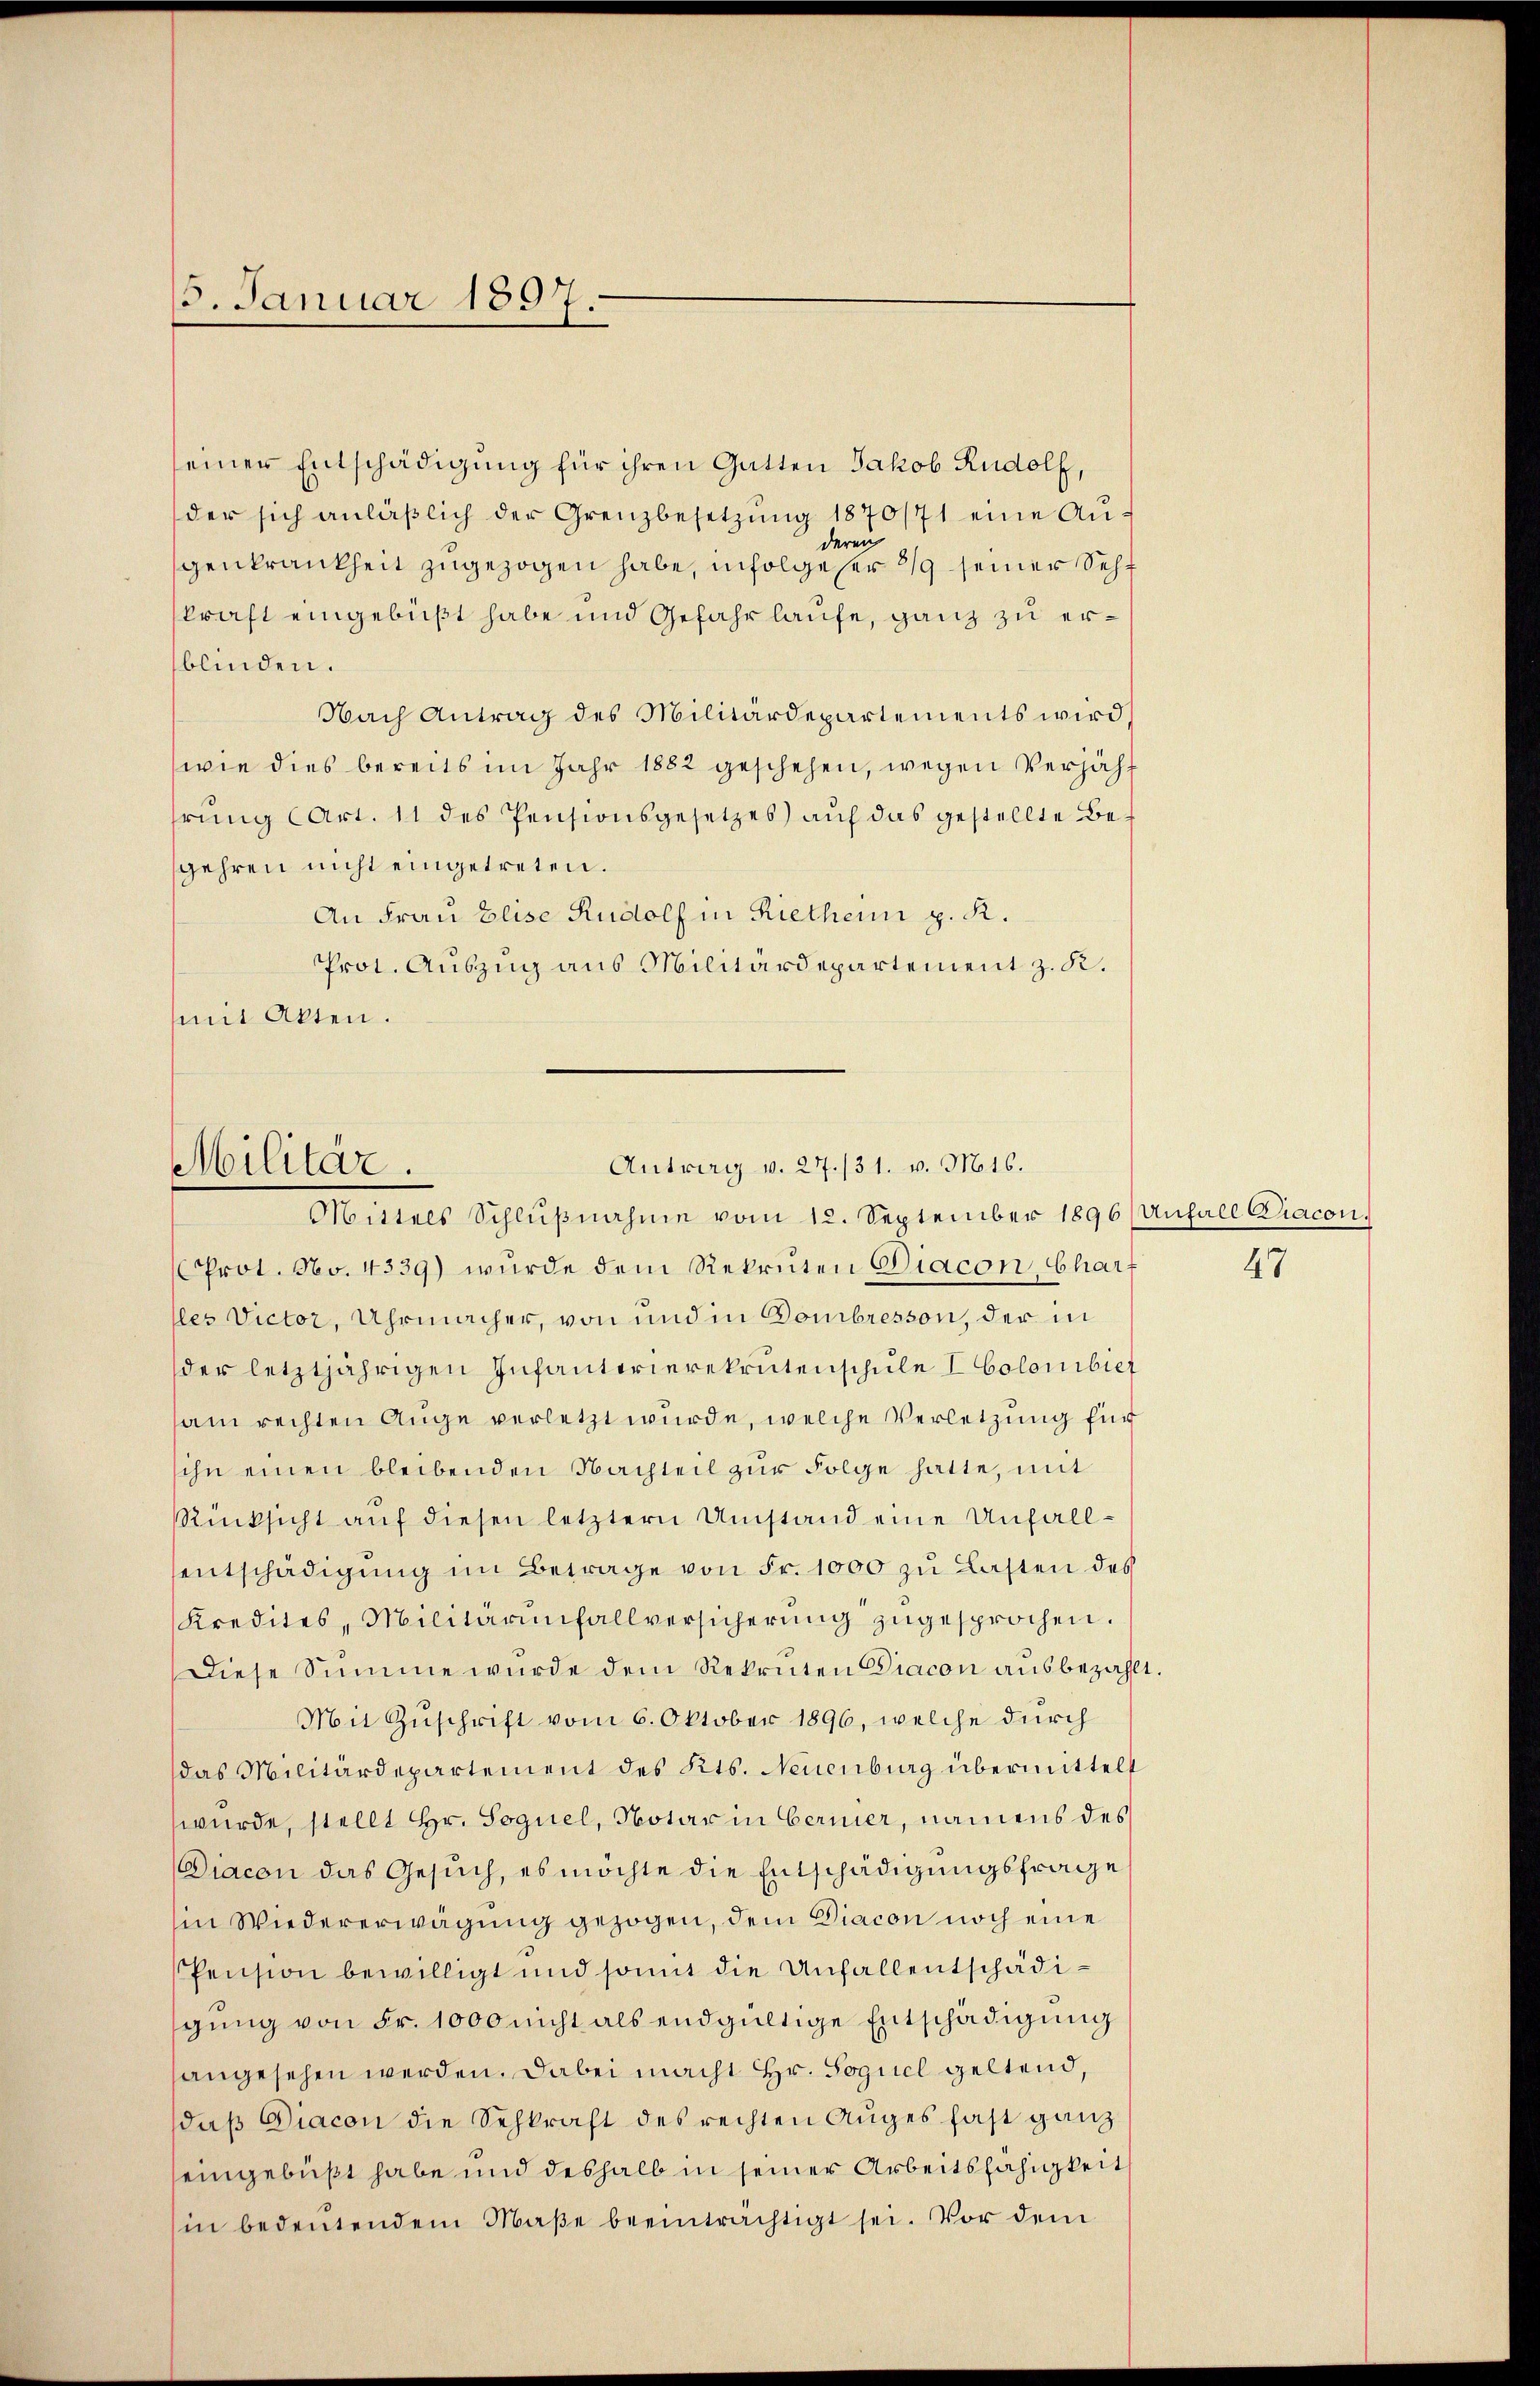
5. Januar 1897.

einer Entschädigung für ihren Gatten Jakob Rudolf,
der sich anläβlich der Grenzbesetzŭng 1870/71 eine Auderen
genkrankheit zugezogen habe, infolge ser 3/9 seiner Sehkraft eingebüßt habe und Gefahrlaufe, ganz zu erblinden.
Nach Antrag des Militärdepartements wird,
wie dies bereits im Jahr 1882 geschehen, wegen Verjähhrŭng (Art. 11 des Pensionsgesetzes) auf das gestellte Begehren nicht eingetreten.
An Frau Elise Rudolf in Rietheim z. R.
Prot. Auszug aus Militärdepartement z. K.
mit Akten.

Antrag v. 27./31. v. Mts.
Militär.
Mittels Schlŭβnahme vom 12. September 1896 (Anfall Diacon.

Prot. No. 4339) wurde dem Rekruten Diacon Charf
lles Victor, Uhrmacher, von und in Dombresson, der in
der letztjährigen Infanterierekrutenschule I Colonibiet
am rechten Auge verletzt wurde, welche Verletzung für
sihn einen bleibenden Nachteil zur Folge hatte, mit
Rücksicht aŭf diesen letztern Umstand eine Unfall-
entschädigung im Betrage von Fr. 1000 zu Lasten des
Kredites, Militärinfallversicherŭng zugesprochen.
Diese Summe wurde dem Rekruten Diacon ausbezahlt.
Mit Zuschrift vom 6. Oktober 1896, welche durch
das Militärdepartement des Kts. Neuenburg übermittelt
wurde, stellt Hr. Soguel, Notar in Berner, namens des
Diacon das Gesuch, es möchte die Entschädigungsfrage
in Wiedererwägung gezogen, dem Diacon noch eine
Pension bewilligt und somit die Unfallentschädigung von Fr. 1000 nicht als endgültige Entschädigung
angesehen werden. Dabei macht Hr. Soguel geltend,
daß Diacon die Sehkraft des rechten Auges fast ganz
eingebüßt habe und deshalb in seiner Arbeitsfähigkeit
in bedeutendem Maβe beeinträchtigt sei. Vor dem

47